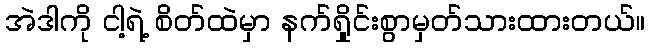
အဲဒါကို ငါ့ရဲ့ စိတ်ထဲမှာ နက်ရှိုင်းစွာမှတ်သားထားတယ်။